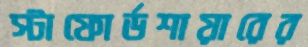
স্টাফোর্ডশায়ারের